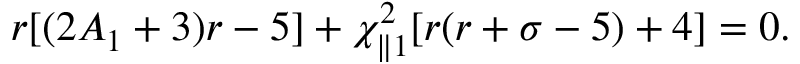
r [ ( 2 A _ { 1 } + 3 ) r - 5 ] + \chi _ { \parallel 1 } ^ { 2 } [ r ( r + \sigma - 5 ) + 4 ] = 0 .